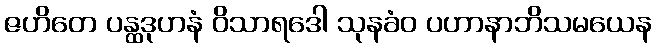
ဇဟိတေ ပန္ထဒုဟနံ ဝိသာရဒေါ သုနခံဝ ပဟာနာဘိသမယေန